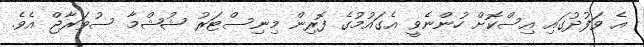
އެ ވަފުދުގައި އިސްކޮށް ހުންނެވީ އެގައުމުގެ ފޮރިން މިނިސްޓަރު ޝުޝްމާ ސުވަރާޖް އެވެ.